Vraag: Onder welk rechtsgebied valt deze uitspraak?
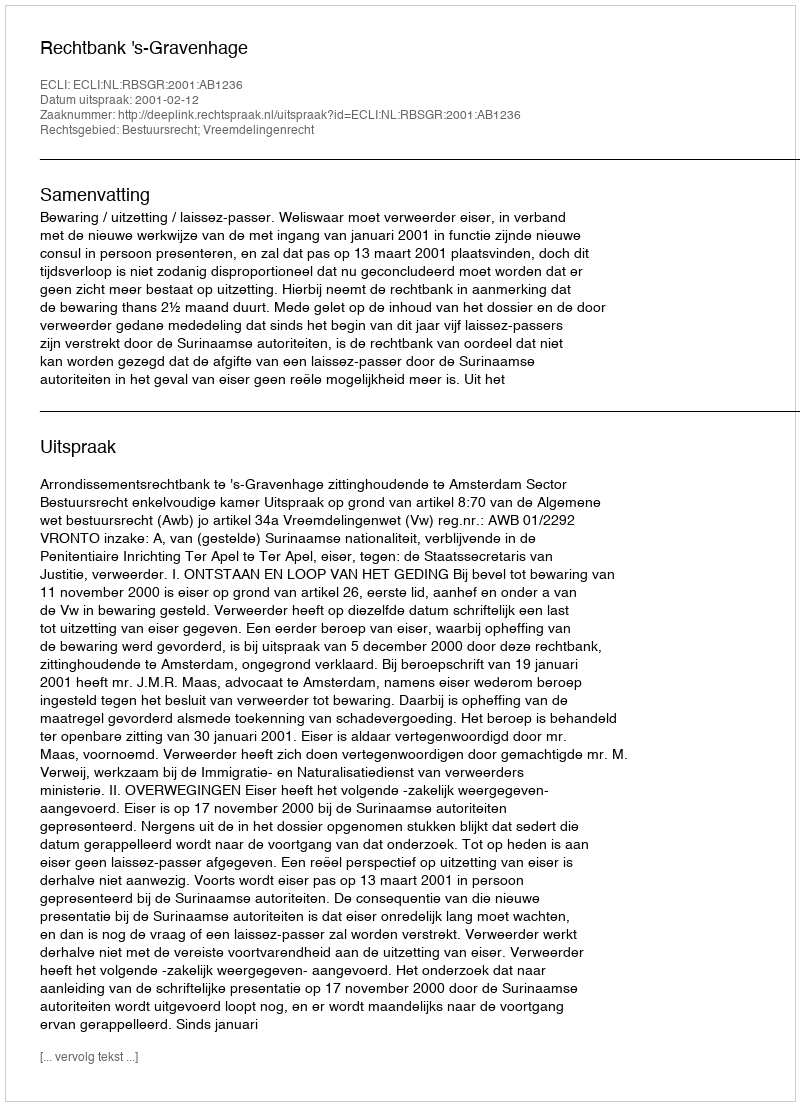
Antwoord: Bestuursrecht; Vreemdelingenrecht